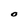
Character: O